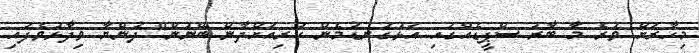
މިހާރަށް ވުރެ މާ ބާރު ސްޕީޑެއްގައި އަޅުގަނޑުމެން ކުރިއަށްދާން ބޭނުން" ދުންޔާ ވިދާޅުވެފައި